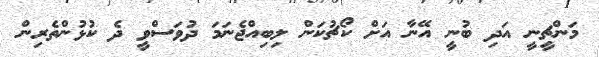
މަންޗީނީ އަދި ބުނީ އޭނާ އަށް ކޯޗުކަން ލިބިއްޖެނަމަ ދުވަސްވީ ދެ ކުޅުންތެރިން